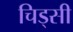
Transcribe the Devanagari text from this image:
चिड्सी